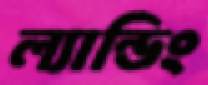
ল্যান্ডিং